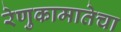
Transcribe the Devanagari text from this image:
रेणुकामातेचा